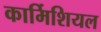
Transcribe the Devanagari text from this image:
कार्मिशियल